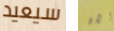
سيعيد الان